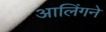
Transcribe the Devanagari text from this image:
आलिंगने